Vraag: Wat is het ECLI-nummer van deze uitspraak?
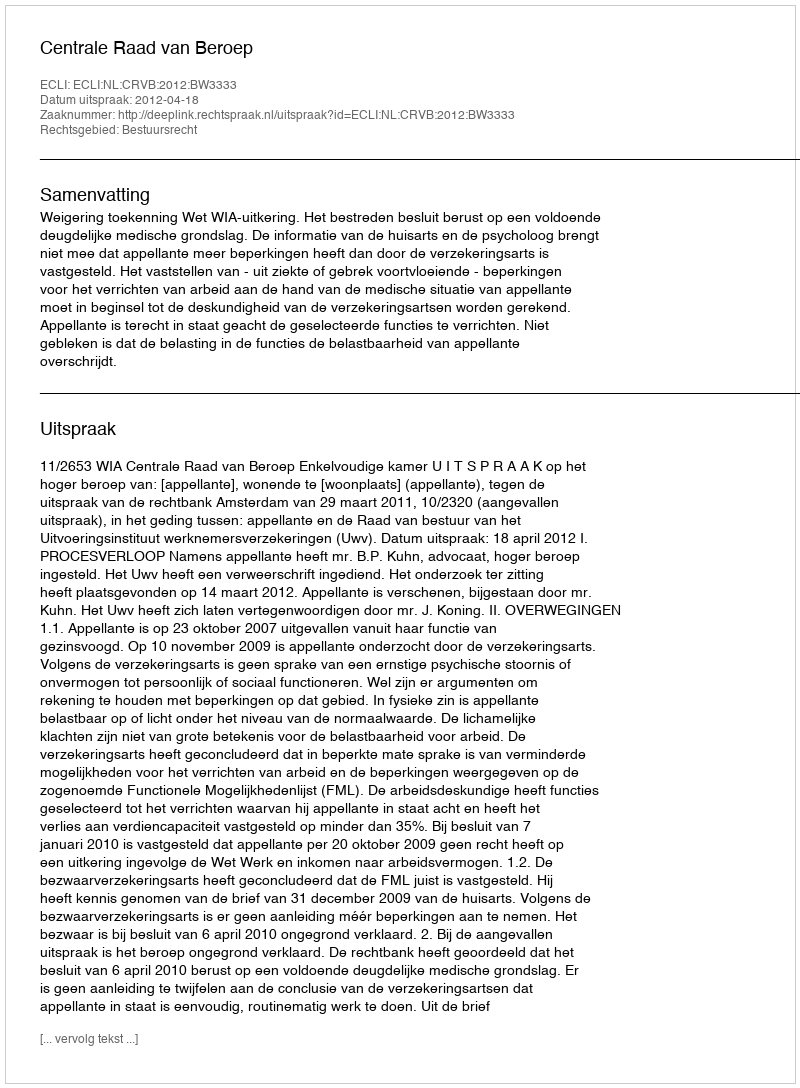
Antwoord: ECLI:NL:CRVB:2012:BW3333